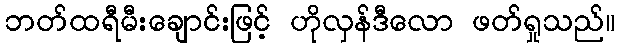
ဘတ်ထရီမီးချောင်းဖြင့် ဟိုလှန်ဒီလော ဖတ်ရှုသည်။